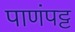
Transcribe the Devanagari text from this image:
पाणंपट्ट